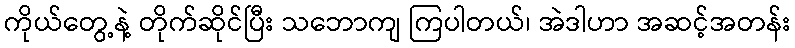
ကိုယ်တွေ့နဲ့ တိုက်ဆိုင်ပြီး သဘောကျ ကြပါတယ်၊ အဲဒါဟာ အဆင့်အတန်း